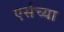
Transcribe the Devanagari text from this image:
एर्सच्या